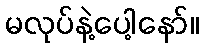
မလုပ်နဲ့ပေါ့နော်။